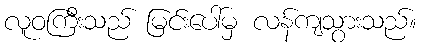
လူဝကြီးသည် မြင်းပေါ်မှ လန်ကျသွားသည်။